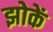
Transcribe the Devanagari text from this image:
झोकें